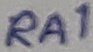
Text: RA1